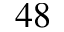
4 8